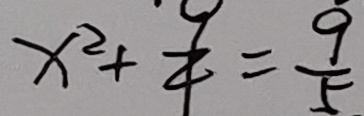
x ^ { 2 } + \frac { 9 } { 4 } = \frac { 9 } { 5 }